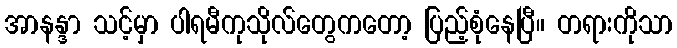
အာနန္ဒာ သင့်မှာ ပါရမီကုသိုလ်တွေကတော့ ပြည့်စုံနေပြီ။ တရားကိုသာ